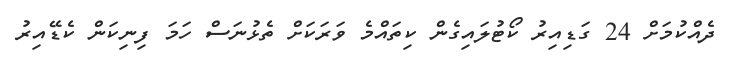
ދެއްކުމަށް 24 ގަޑިއިރު ކޯޓުލައިގެން ކިތައްމެ ވަރަކަށް ތެޅުނަސް ހަމަ ފިނިކަން ކެޑޭއިރު